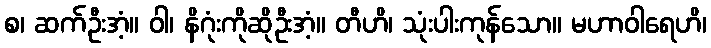
စ၊ ဆက်ဦးအံ့။ ဝါ၊ နိဂုံးကိုဆိုဦးအံ့။ တီဟိ၊ သုံးပါးကုန်သော။ မဟာဝါရေဟိ၊